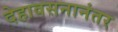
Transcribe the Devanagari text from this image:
देहावसनानंतर